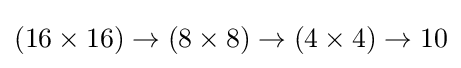
(16\times 16)\to (8\times 8)\to (4\times 4)\to 10